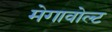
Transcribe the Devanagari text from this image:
मेगावोल्ट